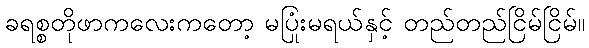
ခရစ္စတိုဖာကလေးကတော့ မပြုံးမရယ်နှင့် တည်တည်ငြိမ်ငြိမ်။